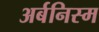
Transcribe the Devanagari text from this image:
अर्बनिस्म